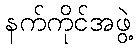
နက်ကိုင်အဖွဲ့